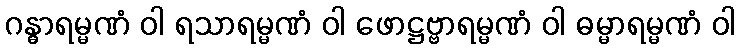
ဂန္ဓာရမ္မဏံ ဝါ ရသာရမ္မဏံ ဝါ ဖောဋ္ဌဗ္ဗာရမ္မဏံ ဝါ ဓမ္မာရမ္မဏံ ဝါ